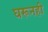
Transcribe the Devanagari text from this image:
घरूनही